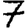
Digit: 7